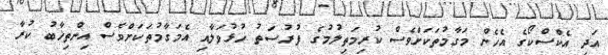
އަދި އެކްސްކޯގެ އެހެން މަގާމުތަކަށްވެސް ކުރިމަތިލުމުގެ ފުރުސަތު ހުޅުވަލާއި އެމަގާމުތަކަށްވެސް އިންތިޚާބު ކުރާ